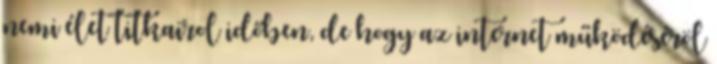
nemi élet titkairol időben, de hogy az internet működéséröl